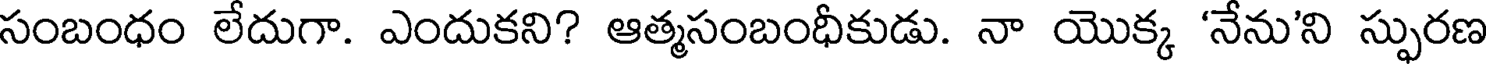
సంబంధం లేదుగా. ఎందుకని? ఆత్మసంబంధీకుడు. నా యొక్క 'నేను'ని స్ఫురణ